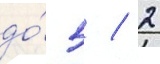
до́ 5 / 2